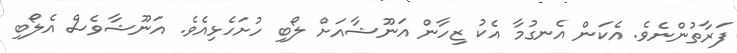
ފަރާތުންނެވެ. އެކަން އެނގުމާ އެކު ޒިހާން އަނޫޝާއަށް ލޯބި ހުށަހެޅިއެވެ. އަނޫޝާވެސް އެލޯބި